Indian journal of veterinary science and animal husbandry - Volumes 26-27, 1956-1957
Year: 1956
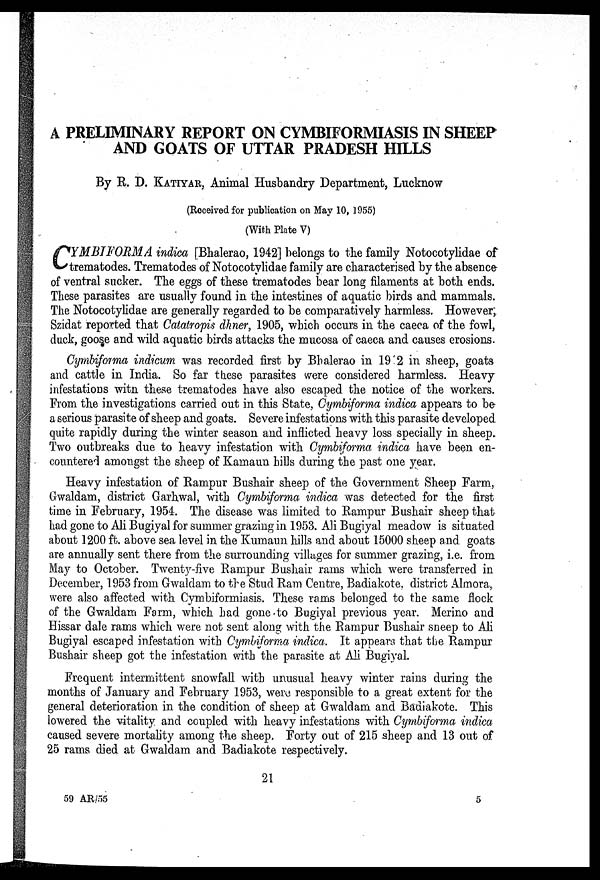
A PRELIMINARY REPORT ON CYMBIFORMIASIS IN SHEEP
AND GOATS OF UTTAR PRADESH HILLS
By R. D. KATIYAR, Animal Husbandry Department, Lucknow
(Received for publication on May 10, 1955)
(With Plate V)
C YMBIFORMA indica [Bhalerao, 1942] belongs to the family Notocotylidae of
trematodes. Trematodes of Notocotylidae family are characterised by the absence
of ventral sucker. The eggs of these trematodes bear long filaments at both ends.
These parasites are usually found in the intestines of aquatic birds and mammals.
The Notocotylidae are generally regarded to be comparatively harmless. However,
Szidat reported that Catatropis dhner, 1905, which occurs in the caeca of the fowl,
duck, goose and wild aquatic birds attacks the mucosa of caeca and causes erosions.
Cymbiforma indicum was recorded first by Bhalerao in 19 2 in sheep, goats
and cattle in India. So far these parasites were considered harmless. Heavy
infestations with these trematodes have also escaped the notice of the workers.
From the investigations carried out in this State, Cymbiforma indica appears to be
a serious parasite of sheep and goats. Severe infestations with this parasite developed
quite rapidly during the winter season and inflicted heavy loss specially in sheep.
Two outbreaks due to heavy infestation with Cymbiforma indica have been en-
countered amongst the sheep of Kamaun hills during the past one year.
Heavy infestation of Rampur Bushair sheep of the Government Sheep Farm,
Gwaldam, district Garhwal, with Cymbiforma indica was detected for the first
time in February, 1954. The disease was limited to Rampur Bushair sheep that
had gone to Ali Bugiyal for summer grazing in 1953. Ali Bugiyal meadow is situated
about 1200 ft. above sea level in the Kumaun hills and about 15000 sheep and goats
are annually sent there from the surrounding villages for summer grazing, i.e. from
May to October. Twenty-five Rampur Bushair rams which were transferred in
December, 1953 from Gwaldam to the Stud Ram Centre, Badiakote, district Almora,
were also affected with Cymbiformiasis. These rams belonged to the same flock
of the Gwaldam Farm, which had gone to Bugiyal previous year. Merino and
Hissar dale rams which were not sent along with the Rampur Bushair sheep to Ali
Bugiyal escaped infestation with Cymbiforma indica. It appears that the Rampur
Bushair sheep got the infestation with the parasite at Ali Bugiyal.
Frequent intermittent snowfall with unusual heavy winter rains during the
months of January and February 1953, were responsible to a great extent for the
general deterioration in the condition of sheep at Gwaldam and Badiakote. This
lowered the vitality and coupled with heavy infestations with Cymbiforma indica
caused severe mortality among the sheep. Forty out of 215 sheep and 13 out of
25 rams died at Gwaldam and Badiakote respectively.
21
59 AR/55
5